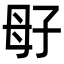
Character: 㝀